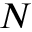
N